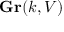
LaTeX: \mathbf { G r } ( k , V )